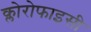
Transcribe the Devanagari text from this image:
क्लोरोफाइसी